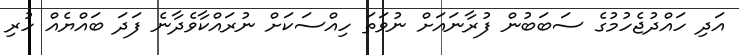
އަދި ހައްދުޖެހުމުގެ ސަބަބުން ފުރާނައަށް ނުވަތަ ހިއްސަކަށް ނުރައްކާވެދާނެ ފަދަ ބައްޔެއް ހުރި